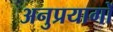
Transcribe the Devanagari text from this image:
अनुप्रयागों